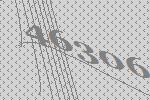
46306